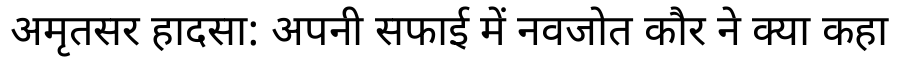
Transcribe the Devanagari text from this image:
अमृतसर हादसा: अपनी सफाई में नवजोत कौर ने क्या कहा